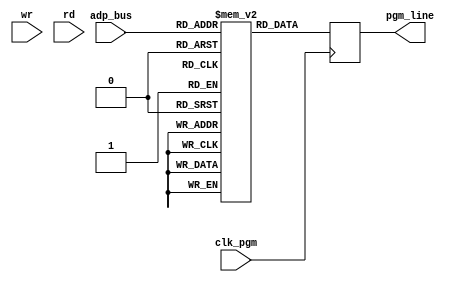
`timescale 1ns / 1ps

module Pgm_memory(input [4:0] adp_bus,
		input wr,rd,
		input clk_pgm,
		output reg [14:0] pgm_line   //(opcode)(add_reg)(add_mem)(data)
		);
reg [14:0] pgm_memory [31:0];
initial begin

/*pgm_memory[0] = 15'b111000001000010;  //checking MOV
pgm_memory[1] = 15'b111000001000010;
pgm_memory[2] = 15'b111001000011000;
pgm_memory[3] = 15'b101100101000000;
pgm_memory[4] = 15'b000100000000000;*/

/*pgm_memory[0] = 15'b111000001000010;  
pgm_memory[1] = 15'b111000100011000;  
pgm_memory[2] = 15'b111000100011000;
pgm_memory[3] = 15'b110100000010000;
pgm_memory[4] = 15'b110000100000000;*/

/*pgm_memory[0] = 15'b111000001000010;  //checking JMP
pgm_memory[1] = 15'b111000001000010;
pgm_memory[2] = 15'b111000100011000;
pgm_memory[3] = 15'b000100000000000;
pgm_memory[4] = 15'b111000000000010;
pgm_memory[5] = 15'b111000100000001;
pgm_memory[6] = 15'b000100000000000;
pgm_memory[7] = 15'b000000000000000;*/

/*pgm_memory[0] = 15'b111000101000010;  //checking ALU
pgm_memory[1] = 15'b111000100001010;
pgm_memory[2] = 15'b111000000001000;
pgm_memory[3] = 15'b000100101000000;*/

/*pgm_memory[2] = 15'b110000100000000;
pgm_memory[3] = 15'b001000000000000;*/
//pgm_memory[2] = 15'b110100000010000;
//pgm_memory[3] = 15'b101101000110000;

/*pgm_memory[0] = 15'b111000000000001;  //checking ALU
pgm_memory[1] = 15'b111000000000001;
pgm_memory[2] = 15'b111000100000010;
pgm_memory[3] = 15'b111001100000011;
pgm_memory[4] = 15'b111010000000100;
pgm_memory[5] = 15'b111010100000101;
pgm_memory[6] = 15'b000100000000000;
pgm_memory[7] = 15'b101100001000000;
pgm_memory[8] = 15'b101100101100000;
pgm_memory[9] = 15'b000100000000000;  //add
pgm_memory[10] = 15'b101100001000000; //move result to r0
pgm_memory[11] = 15'b101100110000000;  //move value to r1
pgm_memory[12] = 15'b000100000000000;  //add
pgm_memory[13] = 15'b101100001000000; //move result to r0
pgm_memory[14] = 15'b101100110100000; */ //move value to r1  

pgm_memory[0] = 15'b111000000000001;  //Factorial code
pgm_memory[1] = 15'b111010100000101;  //LD data to R5
pgm_memory[2] = 15'b111010000000001;  //LD data to R4
pgm_memory[3] = 15'b111001100000001;  //LD data to R3
pgm_memory[4] = 15'b101100010100000;  //
pgm_memory[5] = 15'b101100110000000;
pgm_memory[6] = 15'b101001100000001;
pgm_memory[7] = 15'b101110001000000;
pgm_memory[8] = 15'b101100101100000;
pgm_memory[9] = 15'b001000101100000;
pgm_memory[10] = 15'b101110101000000;
pgm_memory[11] = 15'b101100010100000;
pgm_memory[12] = 15'b101100101100000;
pgm_memory[13] = 15'b100100110000000;
pgm_memory[14] = 15'b000000100100000;


end

always@ (posedge clk_pgm)
begin
pgm_line = pgm_memory[adp_bus];
end

endmodule

//1110 -- LOAD_DIR
//1100 -- LOAD_MEM
//1101 -- STR
//1011 --  MOV
//0000 -- JMP